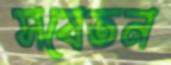
সবেতন